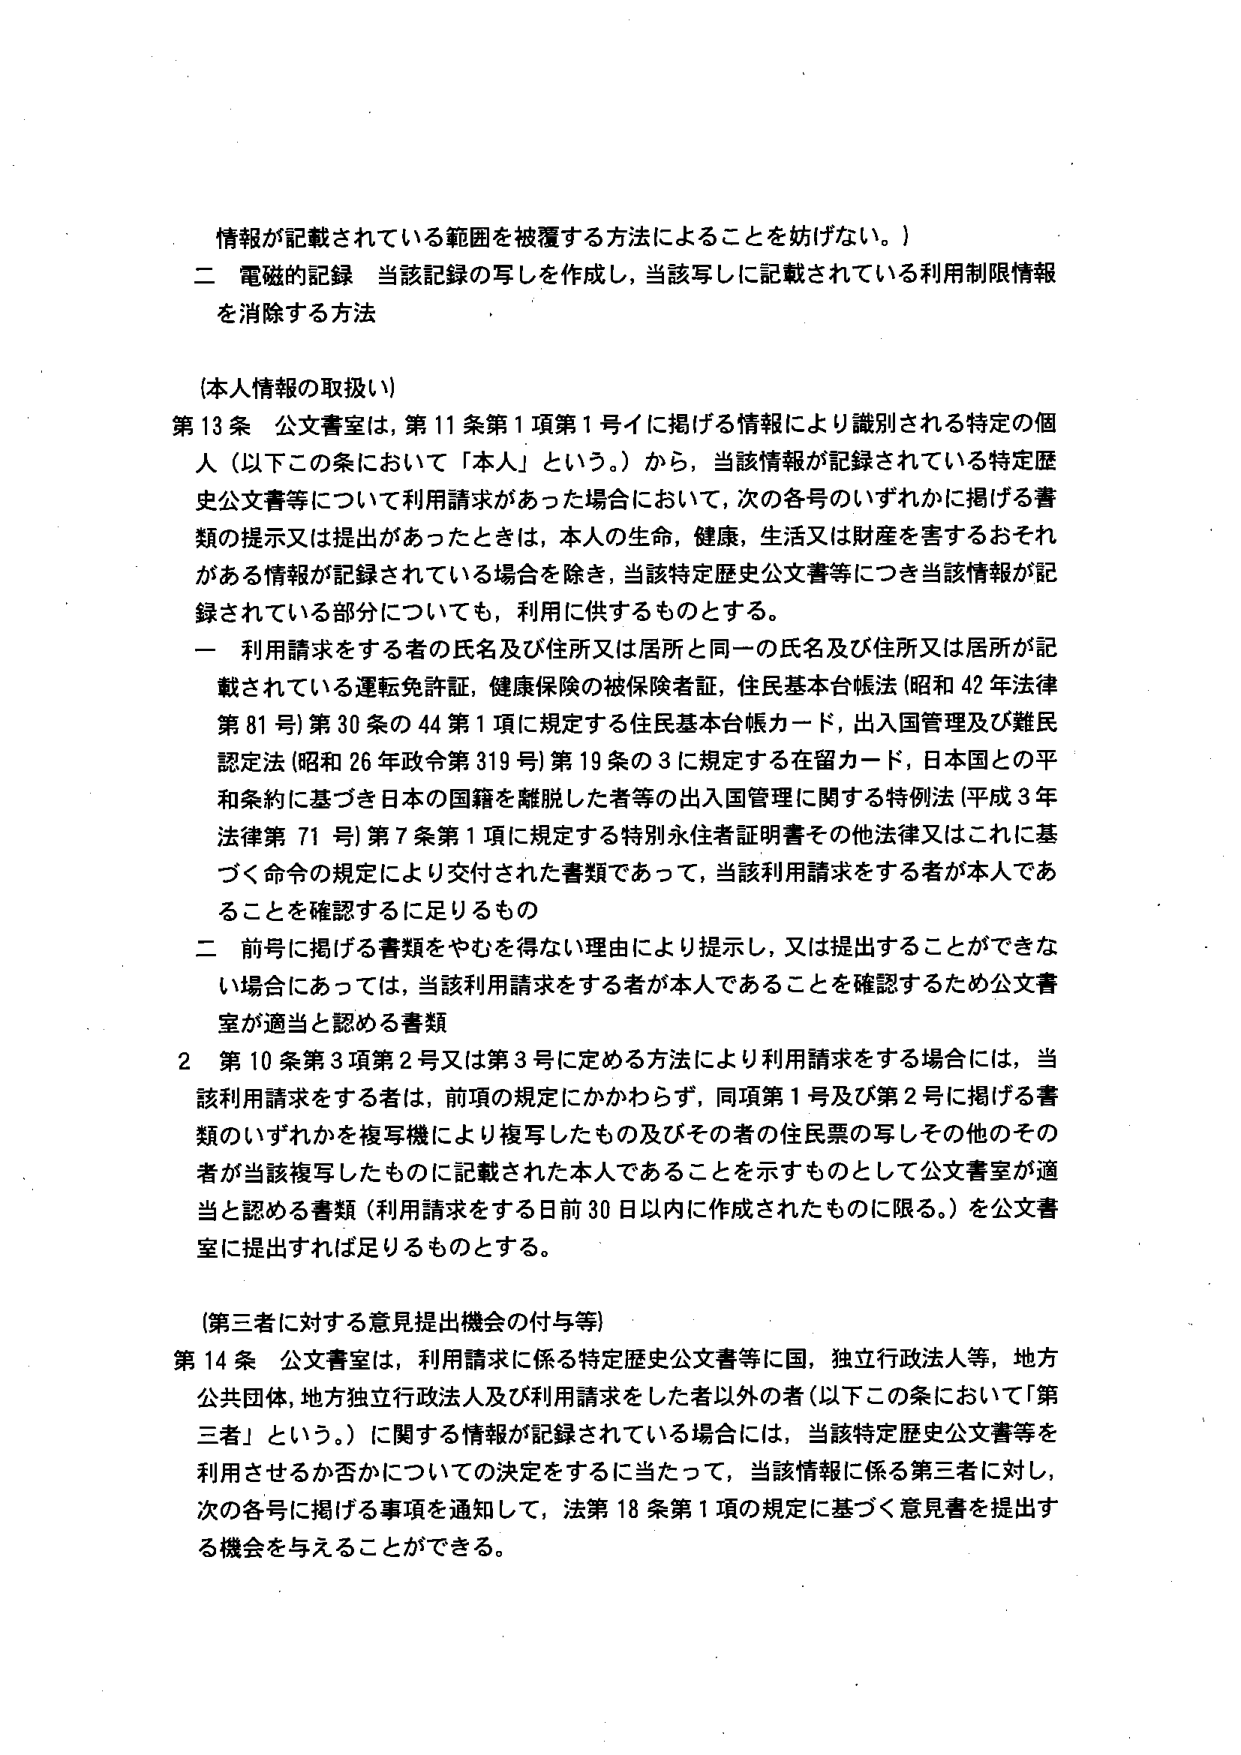
情報が記載されている範囲を被覆する方法によることを妨げない。）

二 電磁的記録 当該記録の写しを作成し、当該写しに記載されている利用制限情報を消除する方法

（本人情報の取扱い）

第13条 公文書室は、第11条第1項第1号イに掲げる情報により識別される特定の個人（以下この条において「本人」という。）から、当該情報が記録されている特定歴史公文書等について利用請求があった場合において、次の各号のいずれかに掲げる書類の提示又は提出があったときは、本人の生命、健康、生活又は財産を害するおそれがある情報が記録されている場合を除き、当該特定歴史公文書等につき当該情報が記録されている部分についても、利用に供するものとする。

一 利用請求をする者の氏名及び住所又は居所と同一の氏名及び住所又は居所が記載されている運転免許証、健康保険の被保険者証、住民基本台帳法（昭和42年法律第81号）第30条の44第1項に規定する住民基本台帳カード、出入国管理及び難民認定法（昭和26年政令第319号）第19条の3に規定する在留カード、日本国との平和条約に基づき日本の国籍を離脱した者等の出入国管理に関する特例法（平成3年法律第71号）第7条第1項に規定する特別永住者証明書その他法律又はこれに基づく命令の規定により交付された書類であって、当該利用請求をする者が本人であることを確認するに足りるもの

二 前号に掲げる書類をやむを得ない理由により提示し、又は提出することができない場合にあっては、当該利用請求をする者が本人であることを確認するため公文書室が適当と認める書類

2 第10条第3項第2号又は第3号に定める方法により利用請求をする場合には、当該利用請求をする者は、前項の規定にかかわらず、同項第1号及び第2号に掲げる書類のいずれかを複写機により複写したもの及びその者の住民票の写しその他のその者が当該複写したものに記載された本人であることを示すものとして公文書室が適当と認める書類（利用請求をする日前30日以内に作成されたものに限る。）を公文書室に提出すれば足りるものとする。

（第三者に対する意見提出機会の付与等）

第14条 公文書室は、利用請求に係る特定歴史公文書等に国、独立行政法人等、地方公共団体、地方独立行政法人及び利用請求をした者以外の者（以下この条において「第三者」という。）に関する情報が記録されている場合には、当該特定歴史公文書等を利用させるか否かについての決定をするに当たって、当該情報に係る第三者に対し、次の各号に掲げる事項を通知して、法第18条第1項の規定に基づく意見書を提出する機会を与えることができる。